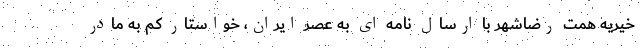
خیریه همت رضاشهر با ارسال نامه ای به عصر ایران، خواستار کم به مادر